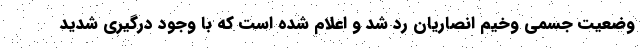
وضعیت جسمی وخیم انصاریان رد شد و اعلام شده است که با وجود درگیری شدید